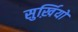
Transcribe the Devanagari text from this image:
सुर्ख़ियो